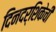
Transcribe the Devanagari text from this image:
दिनदर्शिकेची